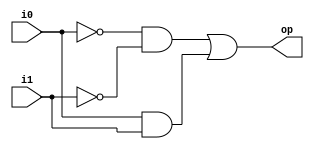
`timescale 1ns / 1ps
//////////////////////////////////////////////////////////////////////////////////
// Company: 
// 
// Design Name:    1-bit compartor
// Module Name:    comp_1_bit
// Project Name:   Compartors
// Target Devices: 
// Tool versions: 
// Description: 	1-bit compartor using gate-level modeling (primitive blocks)
//
// Dependencies: NULL
//
// Revision: 
// Revision 0.01 - File Created
// Additional Comments: 
//
//////////////////////////////////////////////////////////////////////////////////
module comp_1_bit(
	input wire i0, i1,
	output wire op 
    );
	 
//internal signals declration
wire p0, p1;

//body
and G1(p0,~i0,~i1);
and G2 (p1,i0,i1);
or  G3 (op,p0,p1);

endmodule